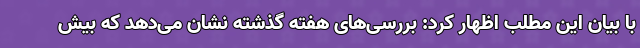
با بیان این مطلب اظهار کرد: بررسی‌های هفته گذشته نشان می‌دهد که بیش